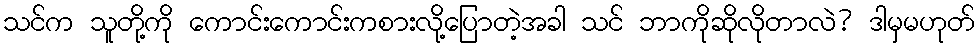
သင်က သူတို့ကို ကောင်းကောင်းကစားလို့ပြောတဲ့အခါ သင် ဘာကိုဆိုလိုတာလဲ? ဒါမှမဟုတ်